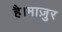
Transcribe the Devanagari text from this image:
है।माज़ुर